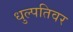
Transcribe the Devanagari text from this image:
धुल्पतिवर